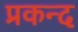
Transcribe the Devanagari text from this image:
प्रकन्द